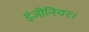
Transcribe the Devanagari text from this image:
इंजीनियर।